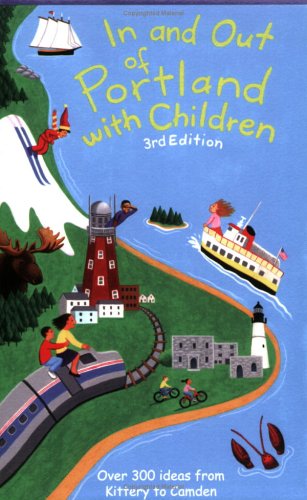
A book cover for In And Out of Portland With Children: Over 300 Ideas from Kittery to Camden; Jane Petrlik Smolik; Travel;